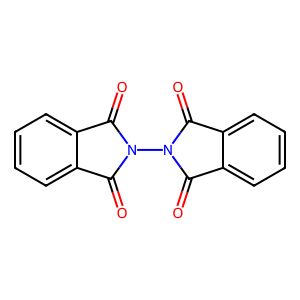
SMILES: O=C1c2ccccc2C(=O)N1N1C(=O)c2ccccc2C1=O
Inhibits HIV replication: No